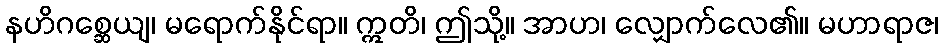
နဟိဂစ္ဆေယျ၊ မရောက်နိုင်ရာ။ ဣတိ၊ ဤသို့။ အာဟ၊ လျှောက်လေ၏။ မဟာရာဇ၊